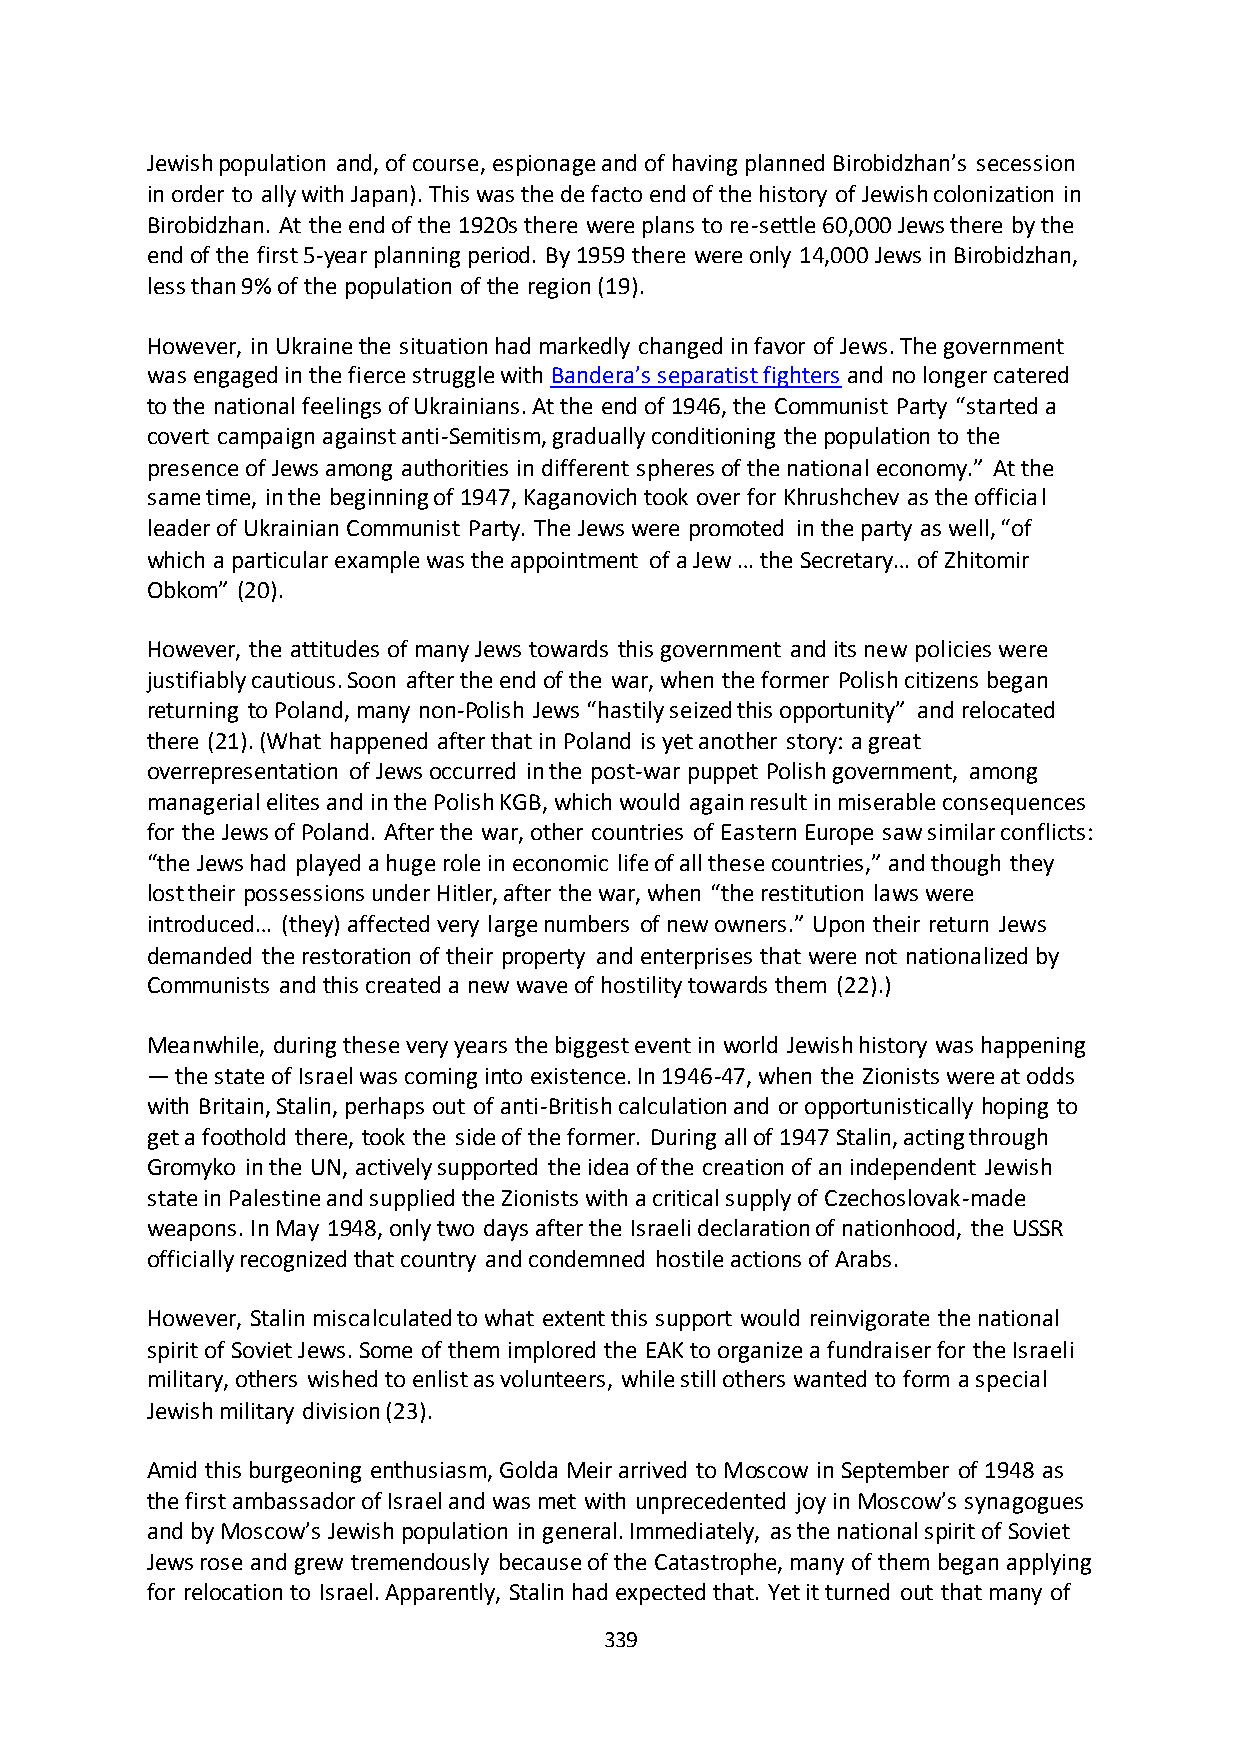
Jewish population and, of course, espionage and of having planned Birobidzhan’s secession
 in order to ally with Japan). This was the de facto end of the history of Jewish colonization in
 Birobidzhan. At the end of the 1920s there were plans to re-settle 60,000 Jews there by the
 end of the first 5-year planning period. By 1959 there were only 14,000 Jews in Birobidzhan,
 less than 9% of the population of the region (19).
 However, in Ukraine the situation had markedly changed in favor of Jews. The government
 was engaged in the fierce struggle with Bandera’s separatist fighters and no longer catered
 to the national feelings of Ukrainians. At the end of 1946, the Communist Party “started a
 covert campaign against anti-Semitism, gradually conditioning the population to the
 presence of Jews among authorities in different spheres of the national economy.” At the
 same time, in the beginning of 1947, Kaganovich took over for Khrushchev as the official
 leader of Ukrainian Communist Party. The Jews were promoted in the party as well, “of
 which a particular example was the appointment of a Jew … the Secretary… of Zhitomir
 Obkom” (20).
 However, the attitudes of many Jews towards this government and its new policies were
 justifiably cautious. Soon after the end of the war, when the former Polish citizens began
 returning to Poland, many non-Polish Jews “hastily seized this opportunity” and relocated
 there (21). (What happened after that in Poland is yet another story: a great
 overrepresentation of Jews occurred in the post-war puppet Polish government, among
 managerial elites and in the Polish KGB, which would again result in miserable consequences
 for the Jews of Poland. After the war, other countries of Eastern Europe saw similar conflicts:
 “the Jews had played a huge role in economic life of all these countries,” and though they
 lost their possessions under Hitler, after the war, when “the restitution laws were
 introduced… (they) affected very large numbers of new owners.” Upon their return Jews
 demanded the restoration of their property and enterprises that were not nationalized by
 Communists and this created a new wave of hostility towards them (22).)
 Meanwhile, during these very years the biggest event in world Jewish history was happening
 — the state of Israel was coming into existence. In 1946-47, when the Zionists were at odds
 with Britain, Stalin, perhaps out of anti-British calculation and or opportunistically hoping to
 get a foothold there, took the side of the former. During all of 1947 Stalin, acting through
 Gromyko in the UN, actively supported the idea of the creation of an independent Jewish
 state in Palestine and supplied the Zionists with a critical supply of Czechoslovak-made
 weapons. In May 1948, only two days after the Israeli declaration of nationhood, the USSR
 officially recognized that country and condemned hostile actions of Arabs.
 However, Stalin miscalculated to what extent this support would reinvigorate the national
 spirit of Soviet Jews. Some of them implored the EAK to organize a fundraiser for the Israeli
 military, others wished to enlist as volunteers, while still others wanted to form a special
 Jewish military division (23).
 Amid this burgeoning enthusiasm, Golda Meir arrived to Moscow in September of 1948 as
 the first ambassador of Israel and was met with unprecedented joy in Moscow’s synagogues
 and by Moscow’s Jewish population in general. Immediately, as the national spirit of Soviet
 Jews rose and grew tremendously because of the Catastrophe, many of them began applying
 for relocation to Israel. Apparently, Stalin had expected that. Yet it turned out that many of
 339